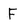
Character: F